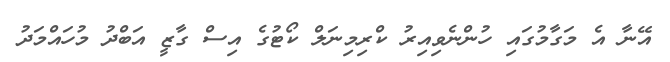
އޭނާ އެ މަގާމުގައި ހުންނެވިއިރު ކްރިމިނަލް ކޯޓުގެ އިސް ގާޒީ އަބްދު މުހައްމަދު